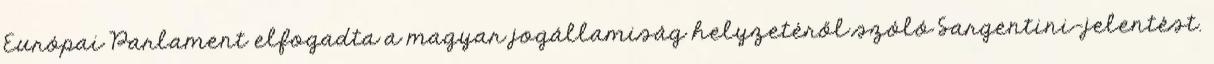
Európai Parlament elfogadta a magyar jogállamiság helyzetéről szóló Sargentini-jelentést.